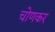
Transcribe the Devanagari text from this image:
चोणकर